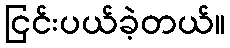
ငြင်းပယ်ခဲ့တယ်။